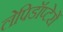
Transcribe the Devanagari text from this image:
लेपिडॉप्टेरों